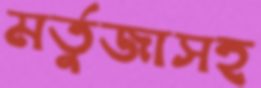
মর্তুজাসহ